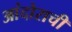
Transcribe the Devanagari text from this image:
आंदोराची